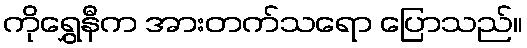
ကိုရွှေနီက အားတက်သရော ပြောသည်။